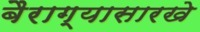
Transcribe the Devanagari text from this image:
बैराग्यासारखे